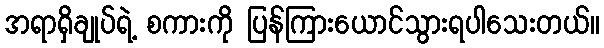
အရာရှိချုပ်ရဲ့ စကားကို ပြန်ကြားယောင်သွားရပါသေးတယ်။